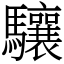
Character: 驤